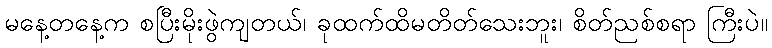
မနေ့တနေ့က စပြီးမိုးဖွဲကျတယ်၊ ခုထက်ထိမတိတ်သေးဘူး၊ စိတ်ညစ်စရာ ကြီးပဲ။